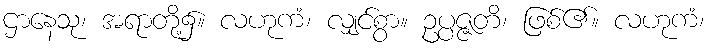
ဌာနေသု၊ အရာတို့၌။ လဟုကံ၊ လျှင်စွာ။ ဥပ္ပဇ္ဇတိ၊ ဖြစ်၏။ လဟုကံ၊